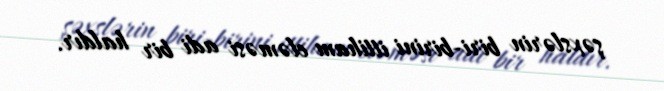
şəxslərin biri-birini ittiham eləməsi adi bir haldır.